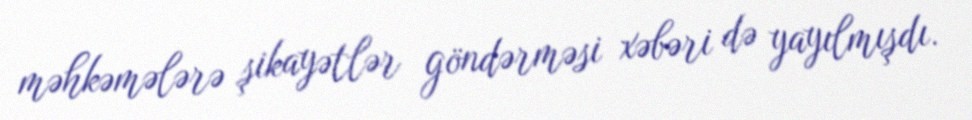
məhkəmələrə şikayətlər göndərməsi xəbəri də yayılmışdı.